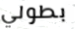
بطولي